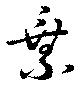
乗